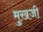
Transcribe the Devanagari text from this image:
मुखजी